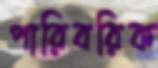
পারিবরিক